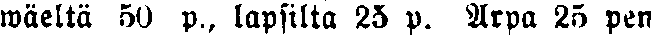
wäeltä 50 p., lapsilta 25 p. Arpa 25 pen